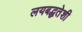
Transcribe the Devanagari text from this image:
लयबद्धतेशी